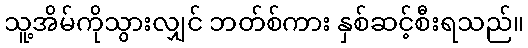
သူ့အိမ်ကိုသွားလျှင် ဘတ်စ်ကား နှစ်ဆင့်စီးရသည်။